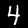
Label: 4